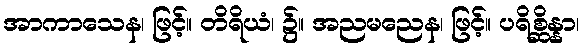
အာကာသေန၊ ဖြင့်။ တိရိယံ၊ ၌။ အညမညေန၊ ဖြင့်။ ပရိစ္ဆိန္နာ၊